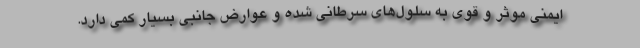
ایمنی موثر و قوی به سلول‌های سرطانی شده و عوارض جانبی بسیار کمی دارد.